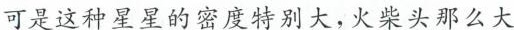
可是这种星星的密度特别大，火柴头那么大